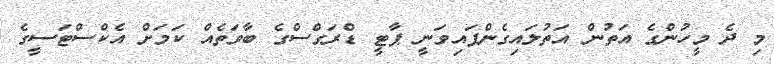
މި ދެ މީހުންގެ އަތުން އަތުލައިގެންފައިވަނީ ޕާޓީ ޑްރަގްސްގެ ބާވަތެއް ކަމަށް އެކްސްޓަސީގެ